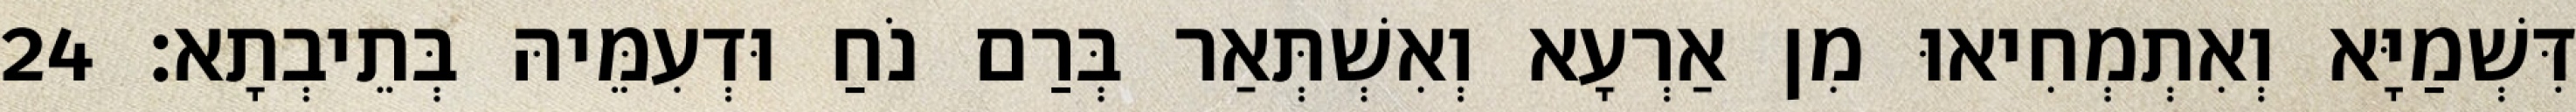
דִּשְׁמַיָּא וְאִתְמְחִיאוּ מִן אַרְעָא וְאִשְׁתְּאַר בְּרַם נֹחַ וּדְעִמֵּיהּ בְּתֵיבְתָא׃ 24